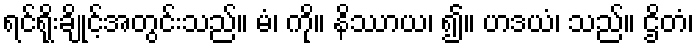
ရင်ရိုးချိုင့်အတွင်းသည်။ မံ၊ ကို။ နိဿာယ၊ ၍။ ဟဒယံ၊ သည်။ ဌိတံ၊